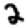
Digit: 2